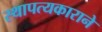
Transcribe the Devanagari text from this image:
स्थापत्यकाराने